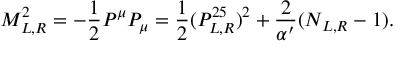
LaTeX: M _ { L , R } ^ { 2 } = - \frac { 1 } { 2 } P ^ { \mu } P _ { \mu } = \frac { 1 } { 2 } ( P _ { L , R } ^ { 2 5 } ) ^ { 2 } + \frac { 2 } { \alpha ^ { \prime } } ( N _ { L , R } - 1 ) .